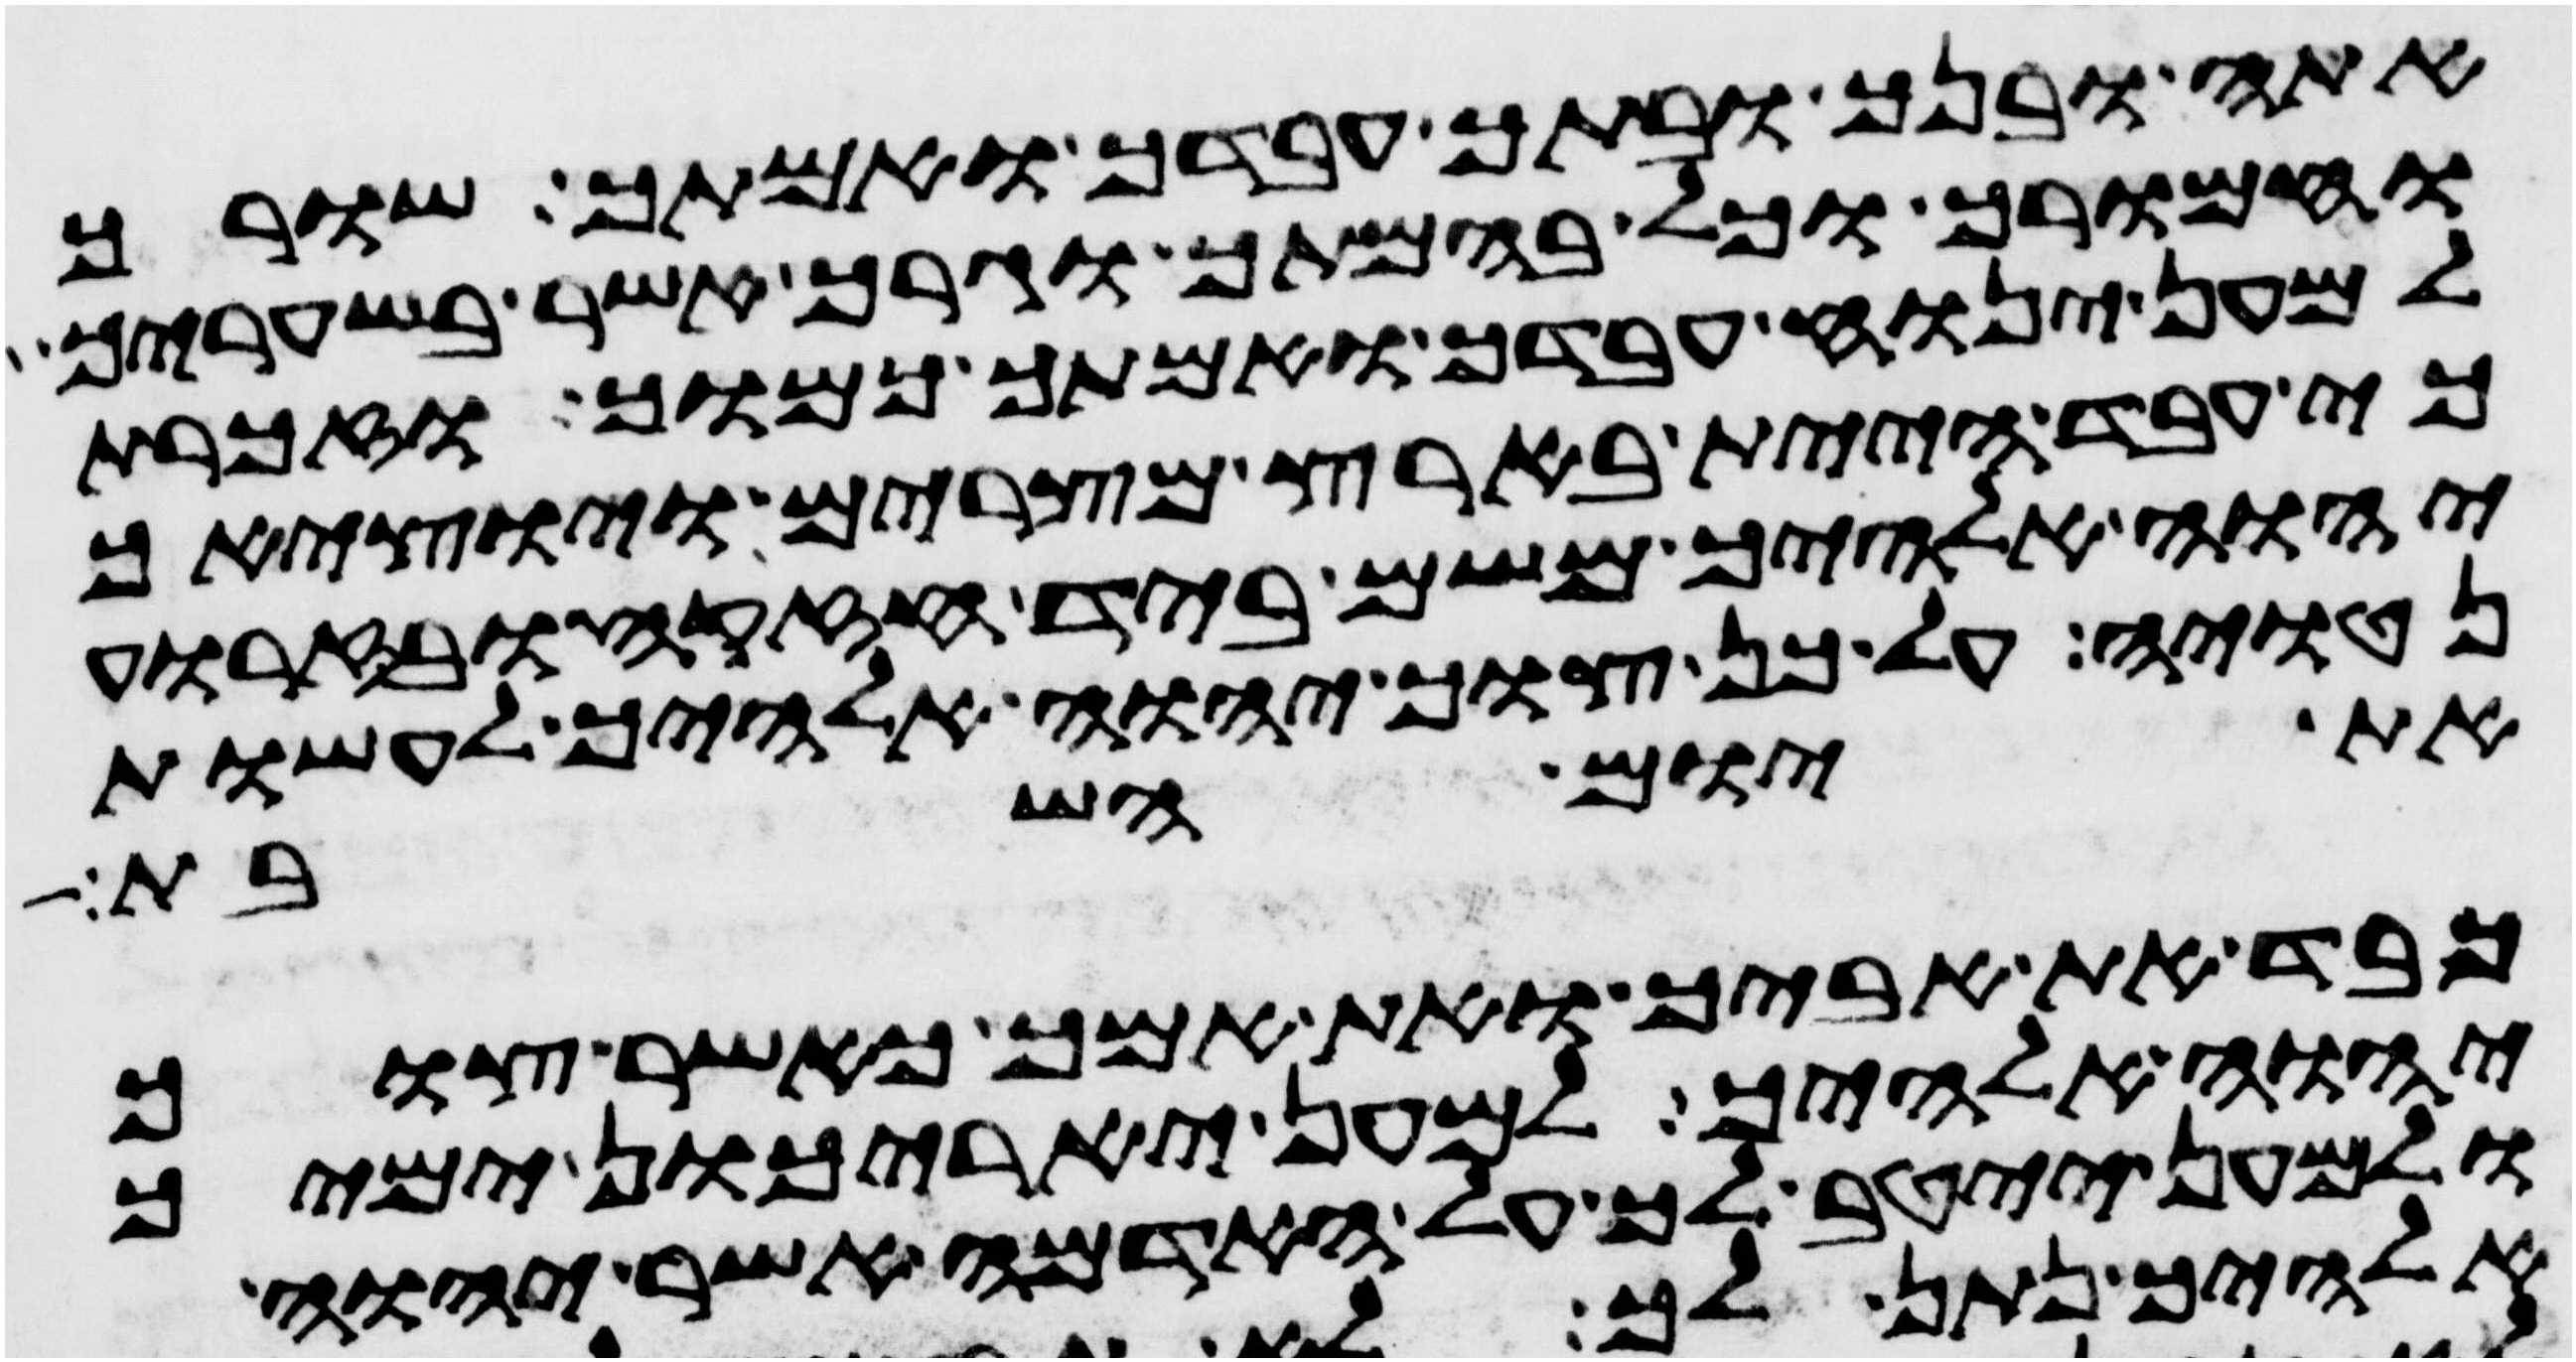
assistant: אתה ובנך ובתך עבדך ואמתך שורך
וחמורך וכל בהמתך וגרך אשר בשעריך
למען ינוח עבדך ואמתך כמוך וזכרת
כי עבד היית בארץ מצרים ויוציאך
יהוה אלהיך משם ביד חזקה ובזרוע
נטויה על כן צוך יהוה אלהיך לעשות
את יום השבת
כבד את אביך ואת אמך כאשר צוך
יהוה אלהיך למען יארכון ימיך
ולמען ייטב לך על האדמה אשר יהוה